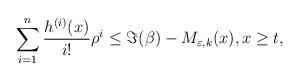
LaTeX: \begin{align*}\sum_{i=1}^{n}\frac{h^{(i)}(x)}{i!}\rho^{i} & \leq \Im(\beta) - M_{\varepsilon,k}(x),x\geq t,\end{align*}